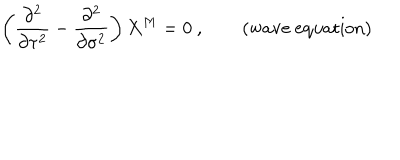
\left( \frac { \partial ^ { 2 } } { \partial \tau ^ { 2 } } - \frac { \partial ^ { 2 } } { \partial \sigma ^ { 2 } } \right) X ^ { M } = 0 ~ , \qquad ( \mathrm { w a v e ~ e q u a t i o n } )